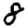
Digit: 8